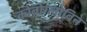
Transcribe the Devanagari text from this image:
कोबोग्लोबिन